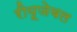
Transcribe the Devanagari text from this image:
रीयूजेबल